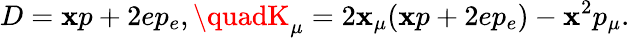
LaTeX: D=\mathbf{x}p+2ep_{e},\quadK_{\mu}=2\mathbf{x}_{\mu}(\mathbf{x}p+2ep_{e})-\mathbf{x}^{2}p_{\mu}.